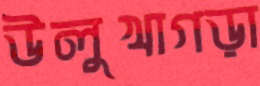
উলুখাগড়া